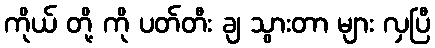
ကိုယ် တို့ ကို ပတ်တီး ချ သွားတာ များ လှပြီ